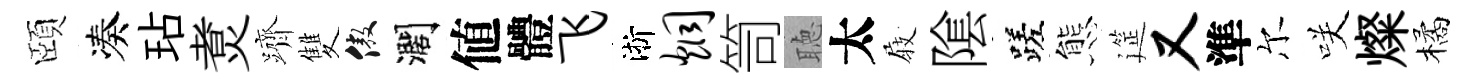
頤凑玷煑躋雙傲濶値體飞淅炯笥聴太𡲆隂蹉態筵又準尔咲燦橘